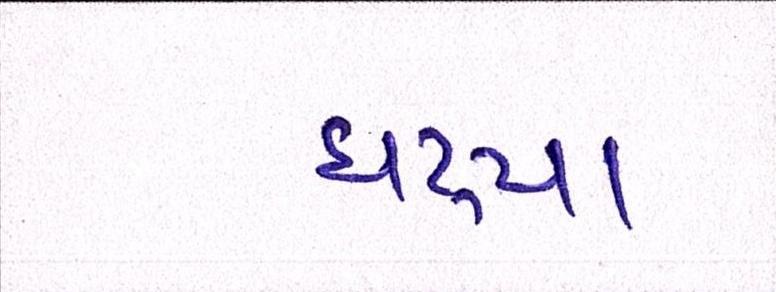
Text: ઘટ્યા